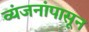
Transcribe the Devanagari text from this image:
व्यंजनांपासून